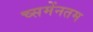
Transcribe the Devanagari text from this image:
च्समेंनतम